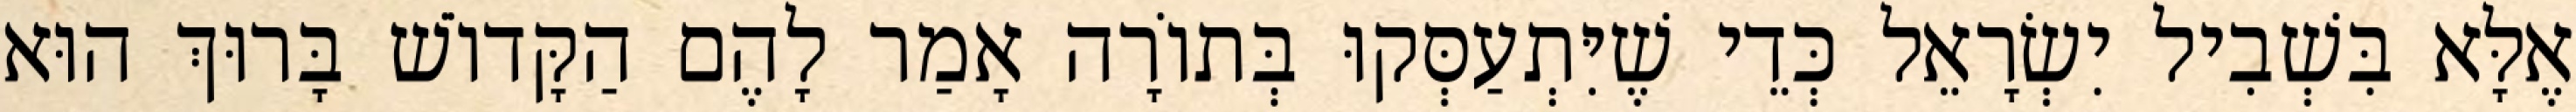
אֶלָּא בִּשְׁבִיל יִשְׂרָאֵל כְּדֵי שֶׁיִּתְעַסְּקוּ בְּתוֹרָה אָמַר לָהֶם הַקָּדוֹשׁ בָּרוּךְ הוּא